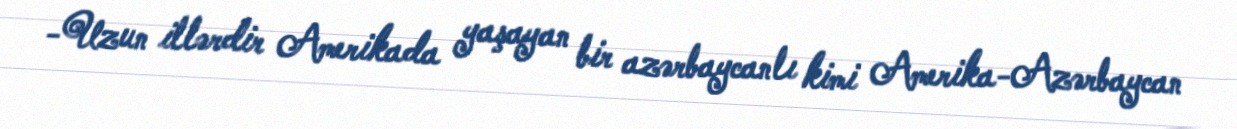
-Uzun illərdir Amerikada yaşayan bir azərbaycanlı kimi Amerika-Azərbaycan